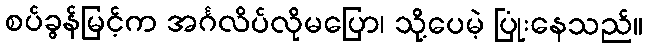
စပ်ခွန်မြင့်က အင်္ဂလိပ်လိုမပြော၊ သို့ပေမဲ့ ပြုံးနေသည်။